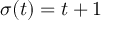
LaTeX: \sigma ( t ) = t + 1